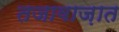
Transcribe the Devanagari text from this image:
तजावाज़ात